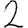
Digit: 2